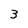
Character: 3